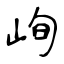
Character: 峋